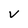
Character: v